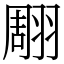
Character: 翢